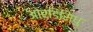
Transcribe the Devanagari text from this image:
ओरडिसिंधु